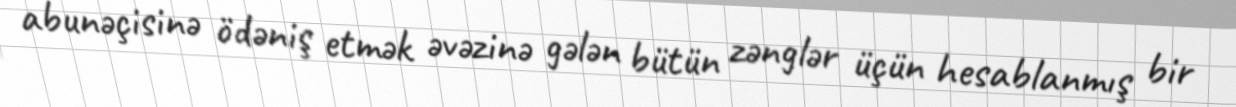
abunəçisinə ödəniş etmək əvəzinə gələn bütün zənglər üçün hesablanmış bir